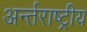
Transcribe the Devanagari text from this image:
अर्न्‍तराष्‍ट्रीय